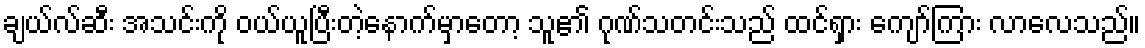
ချယ်လ်ဆီး အသင်းကို ဝယ်ယူပြီးတဲ့နောက်မှာတော့ သူ၏ ဂုဏ်သတင်းသည် ထင်ရှား ကျော်ကြား လာလေသည်။